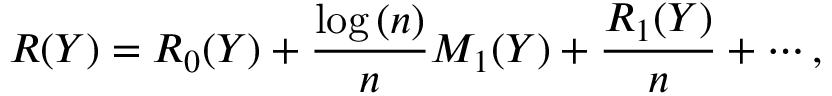
R ( Y ) = R _ { 0 } ( Y ) + \frac { \log { ( n ) } } { n } M _ { 1 } ( Y ) + \frac { R _ { 1 } ( Y ) } { n } + \cdots ,